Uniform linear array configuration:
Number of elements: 64
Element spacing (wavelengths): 0.75
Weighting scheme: blackman
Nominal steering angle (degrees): -60
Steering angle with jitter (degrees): -60.35
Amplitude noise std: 0.05
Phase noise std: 0.05

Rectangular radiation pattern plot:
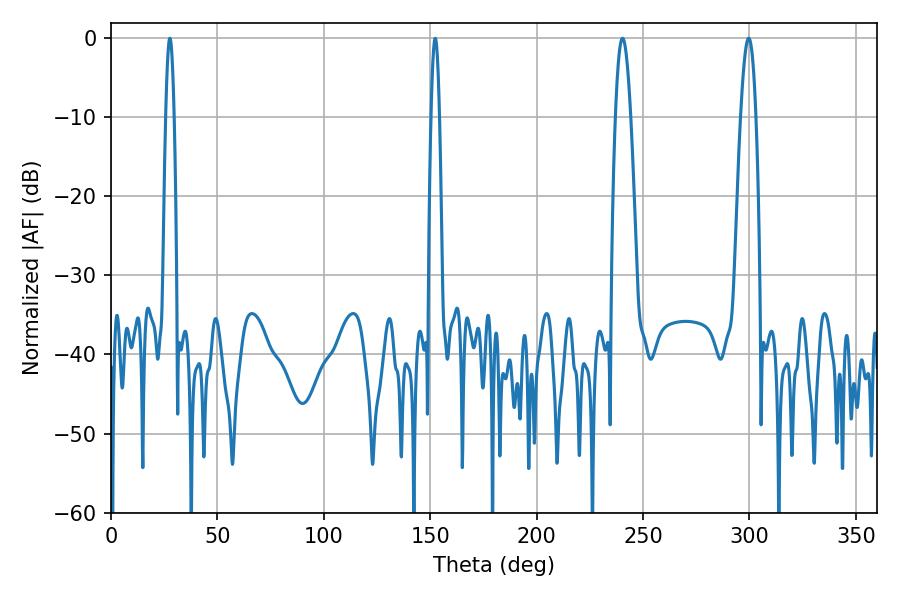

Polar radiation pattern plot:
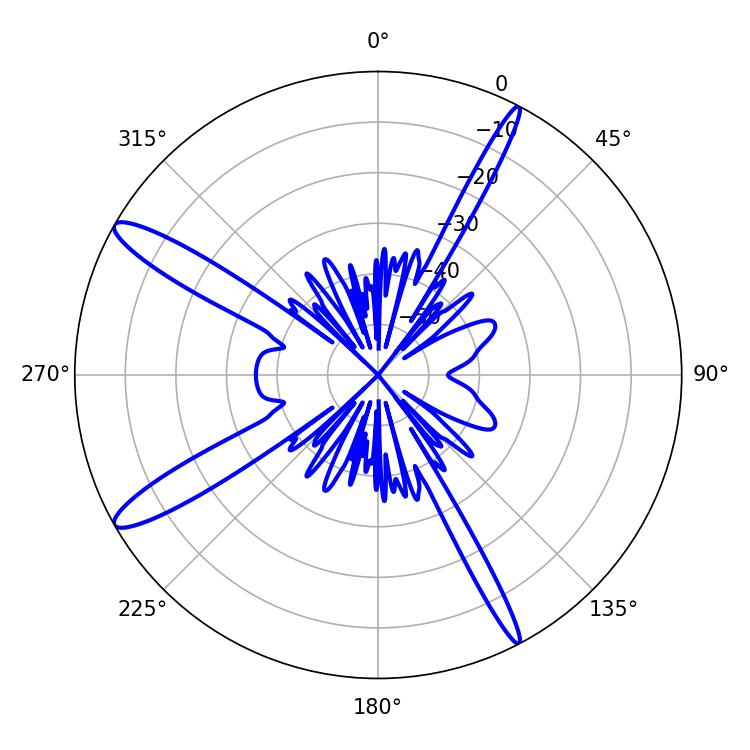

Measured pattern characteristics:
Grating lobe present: TRUE
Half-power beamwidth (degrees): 3.96
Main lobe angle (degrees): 240.3